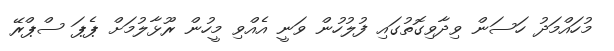
މުހައްމަދު ހަސަން ވިދާވިގޮތުގައި ފުލުހުން ވަނީ އެއްވި މީހުން ރޫޅާލުމަށް ޕެޕަ ސްޕްރޭ